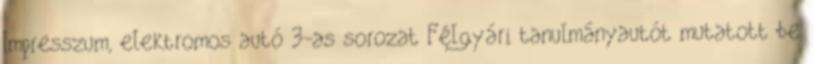
Impresszum, elektromos autó 3-as sorozat Félgyári tanulmányautót mutatott be